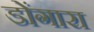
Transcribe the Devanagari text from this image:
डोंगारा